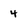
Character: 4